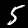
Digit: 5